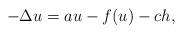
LaTeX: \begin{align*}-\Delta u=au-f(u)-ch,\end{align*}